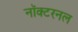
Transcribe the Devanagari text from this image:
नॉक्टरनल